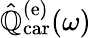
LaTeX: \hat{\mathbb{Q}}_{\mathrm{car}}^{(\mathrm{e})}(\omega)